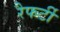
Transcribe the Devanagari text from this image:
रैफर्टी